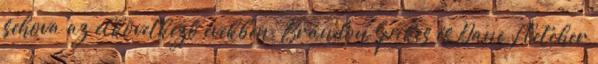
sehova az elkövetkező években. Brandon Spikes és Dane Fletcher